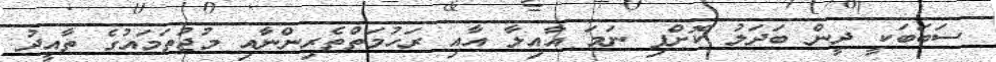
ސަބަބަކީ ދީން ބަދަލު ކޮށްފި ނަމަ އާއިލާ އާއި ރަހުމަތްތެރިންނާއި މުޖުތަމައުގެ ތާއީދު